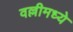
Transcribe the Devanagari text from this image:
वल्लीमध्ये